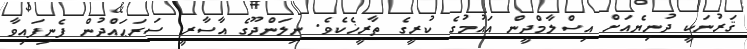
ޤަރުނަކީ ދުނިޔެއަށް އިސްލާމްދީން އައުމުގެ ކުރީގެ ތާރީޚެކެވެ. ނިލަންދޫގެ އާސާރީ ސަރަޙައްދުން ފެނިފައިވާ